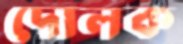
দোলক